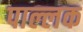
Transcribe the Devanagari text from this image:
पाल्लक